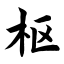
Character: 枢